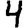
Digit: 4